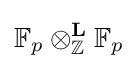
\mathbb {F} _{p}\otimes _{\mathbb {Z} }^{\mathbf {L} }\mathbb {F} _{p}